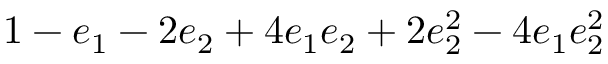
\displaystyle 1 - e _ { 1 } - 2 e _ { 2 } + 4 e _ { 1 } e _ { 2 } + 2 e _ { 2 } ^ { 2 } - 4 e _ { 1 } e _ { 2 } ^ { 2 }